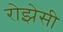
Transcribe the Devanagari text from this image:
रोझेसी